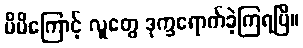
မိမိကြောင့် လူတွေ ဒုက္ခရောက်ခဲ့ကြရပြီ။